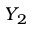
Y _ { 2 }